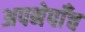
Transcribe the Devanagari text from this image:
अपनेपाँच